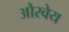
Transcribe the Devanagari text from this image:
औरवेय